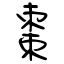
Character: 棗